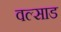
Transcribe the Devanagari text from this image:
वल्साड